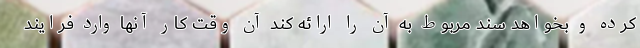
کرده و بخواهد سند مربوط به آن را ارائه کند آن وقت کار آنها وارد فرایند